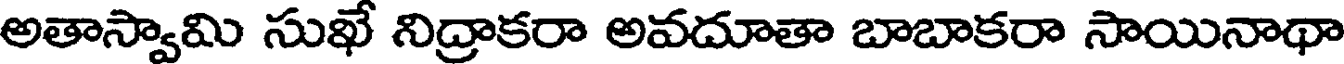
అతాస్వామి సుఖే నిద్రాకరా అవదూతా బాబాకరా సాయినాథా